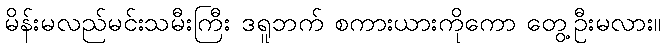
မိန်းမလည်မင်းသမီးကြီး ဒရူဘက် စကားယားကိုကော တွေ့ဦးမလား။